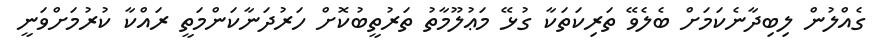
ގެއްލުން ލިބިދާނެކަމަށް ބެލެވޭ ތަރިކަތަކާ ގުޅޭ މަޢުލޫމާތު ތަރުތީބުކޮށް ހަރުދަނާކަންމަތީ ރައްކާ ކުރުމަށްވަނީ